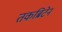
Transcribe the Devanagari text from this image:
तकब्रिटेन